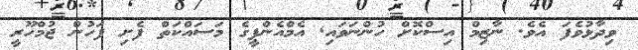
ވިދާޅުވެފަ އެވެ. ނާޒިމް އިސްކޮށް ހުންނަވައި